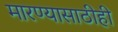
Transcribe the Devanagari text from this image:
मारण्यासाठीही